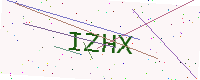
Text: IZHX